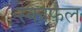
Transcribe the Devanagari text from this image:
स्काफेल